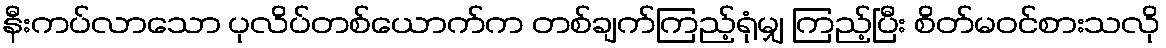
နီးကပ်လာသော ပုလိပ်တစ်ယောက်က တစ်ချက်ကြည့်ရုံမျှ ကြည့်ပြီး စိတ်မဝင်စားသလို